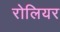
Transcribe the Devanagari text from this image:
रोलियर